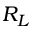
R _ { L }